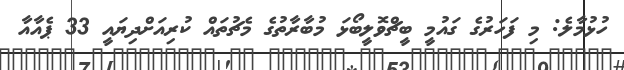
ހުޅުމާލެ: މި ފަހަރުގެ ގައުމީ ބީޗްވޮލީބޯޅަ މުބާރާތުގެ މެޗުތައް ކުރިއަށްދިޔައީ 33 ޕެއާއާ